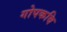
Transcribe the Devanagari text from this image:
गोपकवि